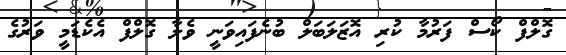
ގޮލްފް ކޯސް ފަރުމާ ކުރި އޮޒަލަބަލް ބުނެފައިވަނީ ވެލާ ގޮލްފް އެކެޑަމީ ވަރުގެ